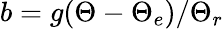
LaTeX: b=g(\Theta-\Theta_{e})/\Theta_{r}